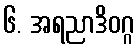
၆. အရညာဒိဝဂ္ဂ